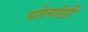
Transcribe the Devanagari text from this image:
योलांडी